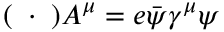
( \mathbf { \partial } \cdot \mathbf { \partial } ) A ^ { \mu } = e { \bar { \psi } } \gamma ^ { \mu } \psi